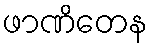
ဖာဏိတေန